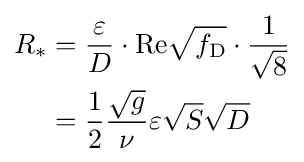
{\begin{aligned}R_{*}&={\frac {\varepsilon }{D}}\cdot \mathrm {Re} {\sqrt {f_{\mathrm {D} }}}\cdot {\frac {1}{\sqrt {8}}}\\&={\frac {1}{2}}{\frac {\sqrt {g}}{\nu }}\varepsilon {\sqrt {S}}{\sqrt {D}}\end{aligned}}